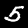
Label: 5